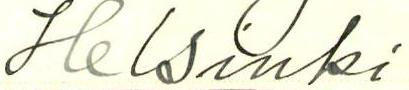
Helsinki